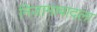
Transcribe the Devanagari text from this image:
निजामाबादला